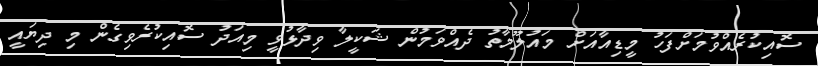
ސޮއިކުރެއްވުމަށްފަހު މީޑިއާއަށް މައުލޫމާތު ދެއްވަމުން ޝަކީލާ ވިދާޅުވީ މިއަދު ސޮއިކުރެވިގެން މި ދިޔައީ